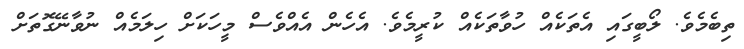
ތިބެމެވެ. ލޯބީގައި އެތަކެއް ހުވާތަކެއް ކުރީމެވެ. އެހެން އެއްވެސް މީހަކަށް ހިލަމެއް ނުވާނޭގޮތަށް